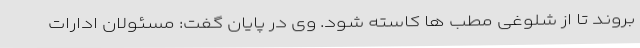
بروند تا از شلوغی مطب ها کاسته شود. وی در پایان گفت: مسئولان ادارات